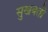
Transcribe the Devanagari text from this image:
सुखबती